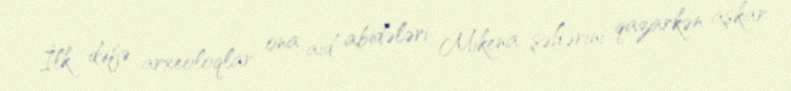
İlk dəfə arxeoloqlar ona aid abidələri Mikena şəhərini qazarkən aşkar